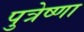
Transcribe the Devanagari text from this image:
पुत्रेष्णा